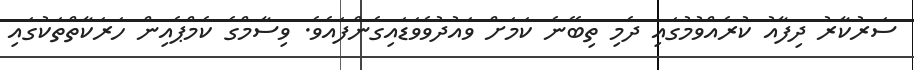
ސަރުކާރު ދިފާއު ކުރެއްވުމުގައި ދެމި ތިބޭނެ ކަމަށް ވައުދުވެވަޑައިގެންފައެވެ. ވިސާމްގެ ކެމްޕެއިން ހަރަކާތްތަކުގައި